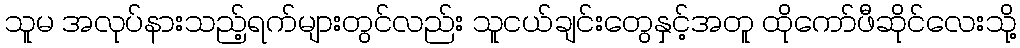
သူမ အလုပ်နားသည့်ရက်များတွင်လည်း သူငယ်ချင်းတွေနှင့်အတူ ထိုကော်ဖီဆိုင်လေးသို့